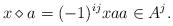
LaTeX: \begin{align*}x\diamond a=(-1)^{ij}xa a\in A^j.\end{align*}